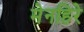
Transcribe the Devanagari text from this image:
मेनहिरे